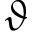
\vartheta